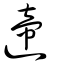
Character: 遆